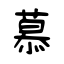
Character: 慕